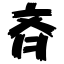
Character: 斉